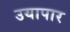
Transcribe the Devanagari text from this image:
उयापार